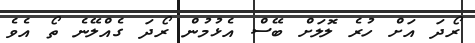
ރޯދަ އަށް ހުރެ ލޮލަށް ބޭސް އެޅުމުން ރޯދަ ގެއްލޭނެ ތޯ އެވެ